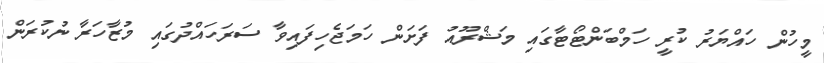
މީހުން ހައްޔަރު ކުރީ ހަމްބަންޓޯޓާގައި މަޝްރޫއު ފަށަން ހަމަޖެހިފައިވާ ސަރަހައްދުގައި މުޒާހަރާ ނުކުރަން